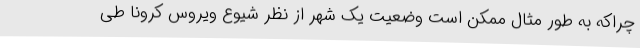
چراکه به طور مثال ممکن است وضعیت یک شهر از نظر شیوع ویروس کرونا طی